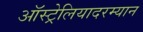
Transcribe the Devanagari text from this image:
ऑस्ट्रेलियादरम्यान